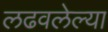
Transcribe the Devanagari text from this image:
लढवलेल्या